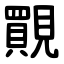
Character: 䚑